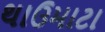
થાઉમાટા